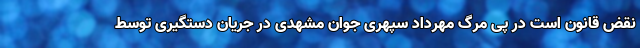
نقض قانون است در پی مرگ مهرداد سپهری جوان مشهدی در جریان دستگیری توسط